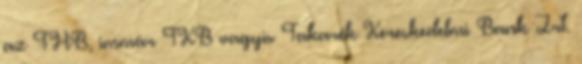
az FHB, immár TKB vagyis Takarék Kereskedelmi Bank Zrt.